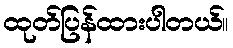
ထုတ်ပြန်ထားပါတယ်။